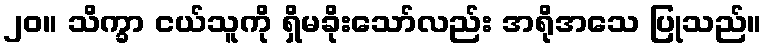
၂၀။ သိက္ခာ ငယ်သူကို ရှိမခိုးသော်လည်း အရိုအသေ ပြုသည်။